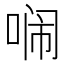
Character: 𭈥